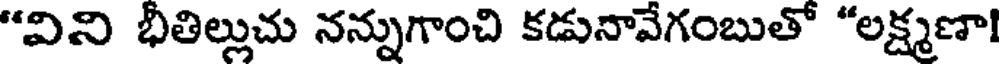
"విని భీతిల్లుచు నన్నుగాంచి కడునావేగంబుతో "లక్ష్మణా!